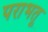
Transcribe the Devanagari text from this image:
पराभतू